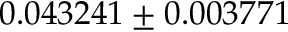
0 . 0 4 3 2 4 1 \pm 0 . 0 0 3 7 7 1